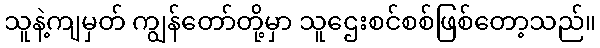
သူနဲ့ကျမှတ် ကျွန်တော်တို့မှာ သူဌေးစင်စစ်ဖြစ်တော့သည်။